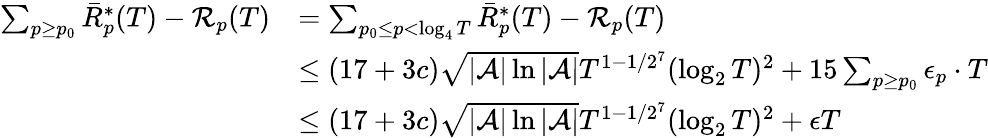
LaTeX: \begin{array}{rl}{\sum_{p\geq p_{0}}\bar{R}_{p}^{*}(T)-\mathcal{R}_{p}(T)}&{=\sum_{p_{0}\leq p<\log_{4}T}\bar{R}_{p}^{*}(T)-\mathcal{R}_{p}(T)}\\ &{\leq(17+3c)\sqrt{|\mathcal{A}|\ln|\mathcal{A}|}T^{1-1/2^{7}}(\log_{2}T)^{2}+15\sum_{p\geq p_{0}}\epsilon_{p}\cdot T}\\ &{\leq(17+3c)\sqrt{|\mathcal{A}|\ln|\mathcal{A}|}T^{1-1/2^{7}}(\log_{2}T)^{2}+\epsilon T}\end{array}